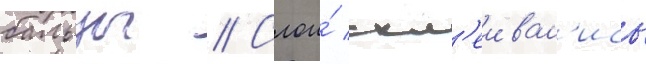
бальзы // Слои́ скл'еивал'ись